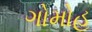
ગોમોહ